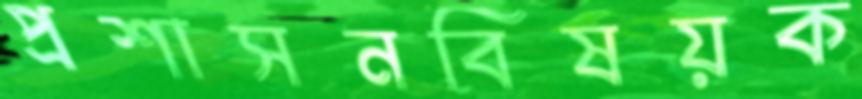
প্রশাসনবিষয়ক